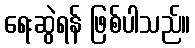
ရေးဆွဲရန် ဖြစ်ပါသည်။